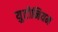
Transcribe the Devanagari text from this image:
युटोनियम